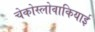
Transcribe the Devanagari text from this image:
चेकोस्लोवाकियाई